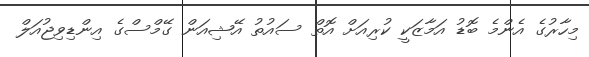
މިހާރުގެ އެންމެ ބޮޑު އަމާޒަކީ ކުރިއަށް އޮތް ސައުތު އޭޝިއަން ގޭމްސްގެ އިންޑިވިޖުއަލް